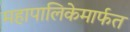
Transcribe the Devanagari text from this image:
महापालिकेमार्फत